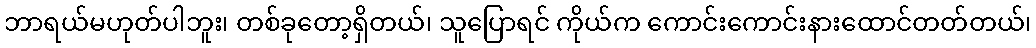
ဘာရယ်မဟုတ်ပါဘူး၊ တစ်ခုတော့ရှိတယ်၊ သူပြောရင် ကိုယ်က ကောင်းကောင်းနားထောင်တတ်တယ်၊